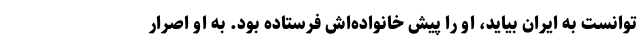
‌توانست به ایران بیاید، او را پیش خانواده‌اش فرستاده بود. به او اصرار